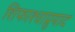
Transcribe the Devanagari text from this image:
शिफाश्चाप्नुयाद